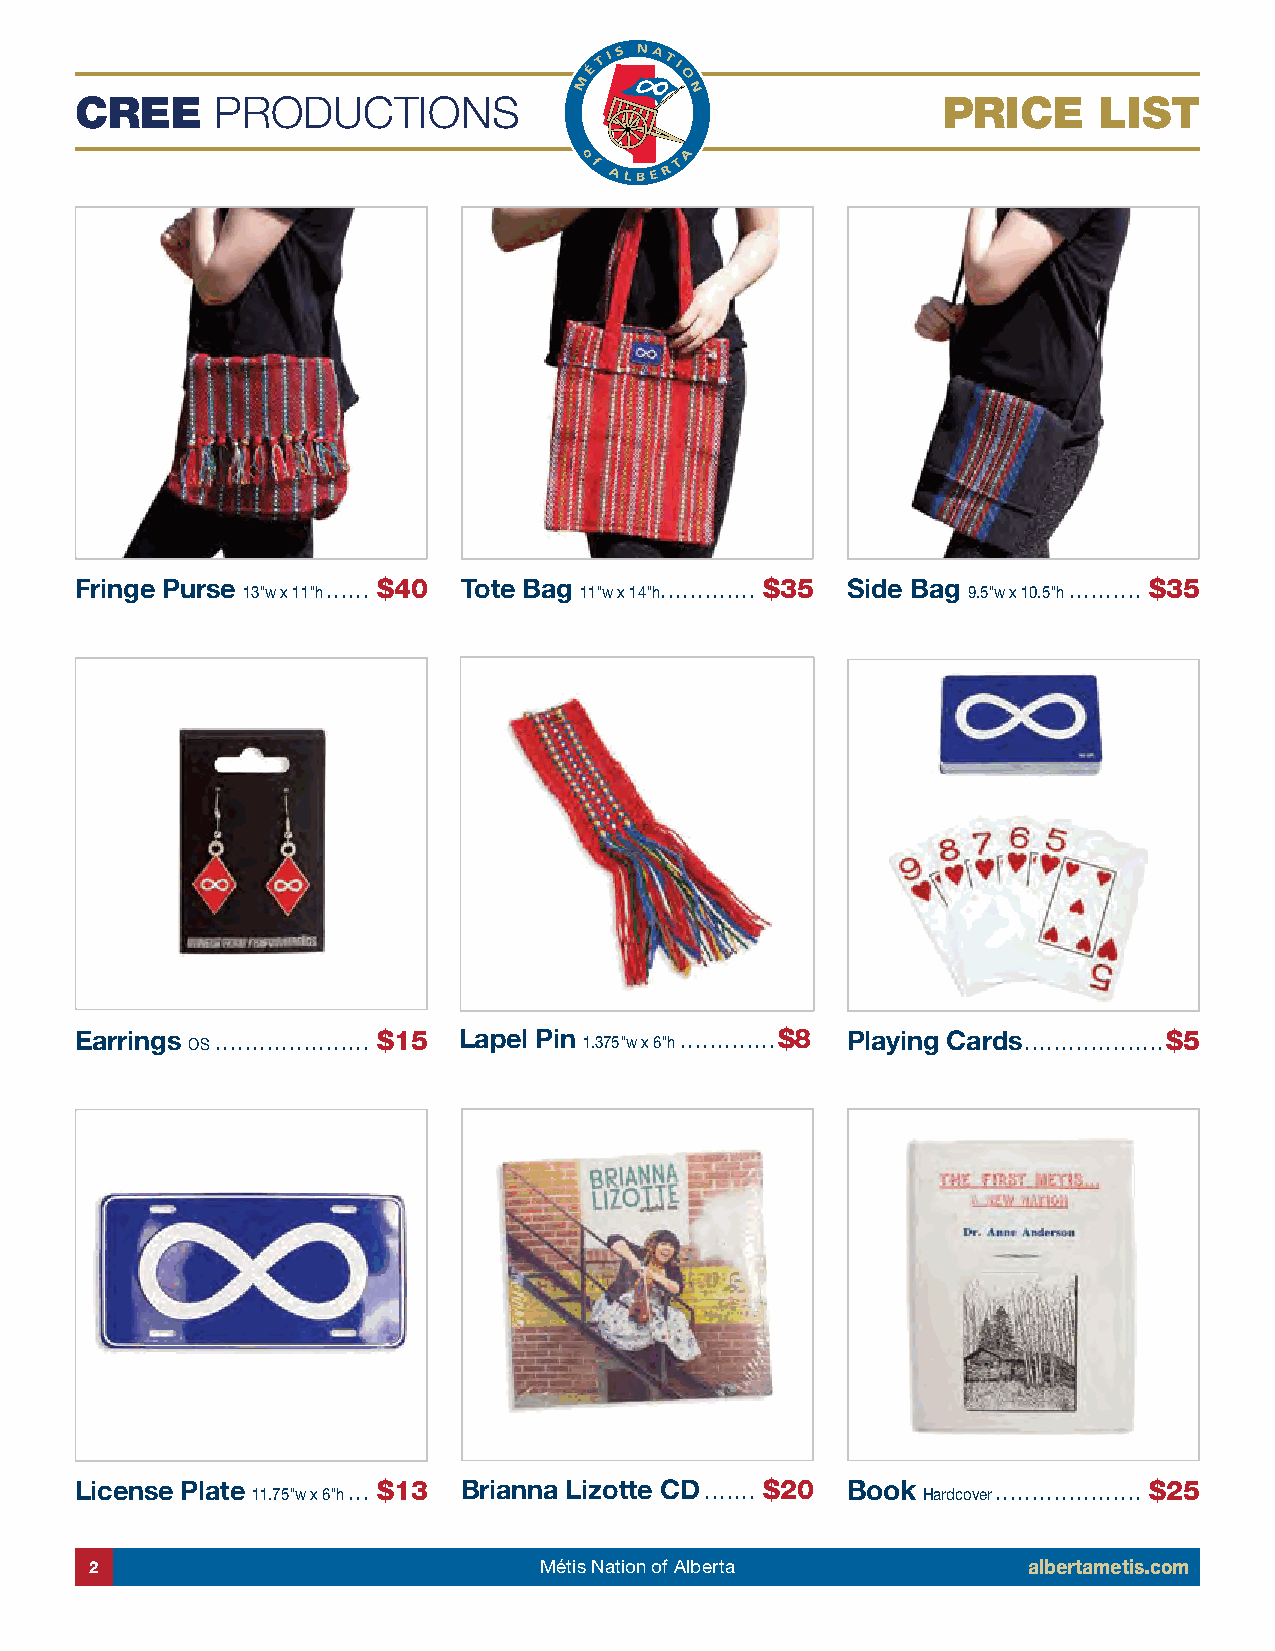
CREE     PRODUCTIONS                                     PRICE      LIST
 Fringe Purse     ������ $40 Tote Bag   ������������� $35 Side Bag ���������� $35
 13"w x 11"h           11"w x 14"h               9�5"w x 10�5"h
 Earrings OS ��������������������� $15 Lapel Pin 1�375"w x 6"h �������������$8 Playing Cards �������������������$5
 License Plate     ��� $13 Brianna Lizotte CD ������� $20 Book �������������������� $25
 11�75"w x 6"h                               Hardcover
 2                             Métis Nation of Alberta         albertametis.com